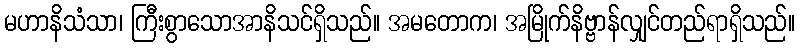
မဟာနိသံသာ၊ ကြီးစွာသောအာနိသင်ရှိသည်။ အမတောက၊ အမြိုက်နိဗ္ဗာန်လျှင်တည်ရာရှိသည်။